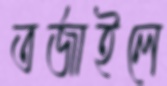
তর্জাইলে